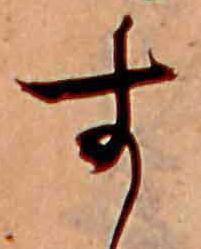
す